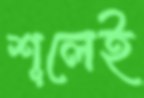
শূলেই